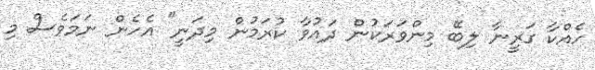
ހެއްކާ ގަރީނާ ލިބޭ މިންވަރަކުން ދައުވާ ކުރަމުން މިދަނީ" އެހެން ނަމަވެސް މި